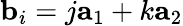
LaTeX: \textbf{b}_{i}=j\textbf{a}_{1}+k\textbf{a}_{2}